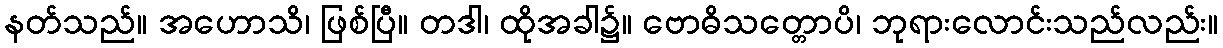
နတ်သည်။ အဟောသိ၊ ဖြစ်ပြီ။ တဒါ၊ ထိုအခါ၌။ ဗောဓိသတ္တောပိ၊ ဘုရားလောင်းသည်လည်း။